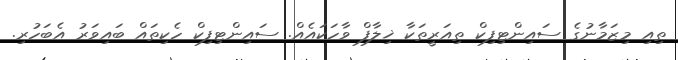
ތިއި މިޒަމާނުގެ ސައިންޓިފިކް ތިއަރީތަކާ ޚިލާފް ވާހަކައެއް. ސައިންޓިފިކް ހެކިތައް ބައިވަރު އެބަހުރި.